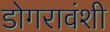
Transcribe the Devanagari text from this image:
डोगरावंशी